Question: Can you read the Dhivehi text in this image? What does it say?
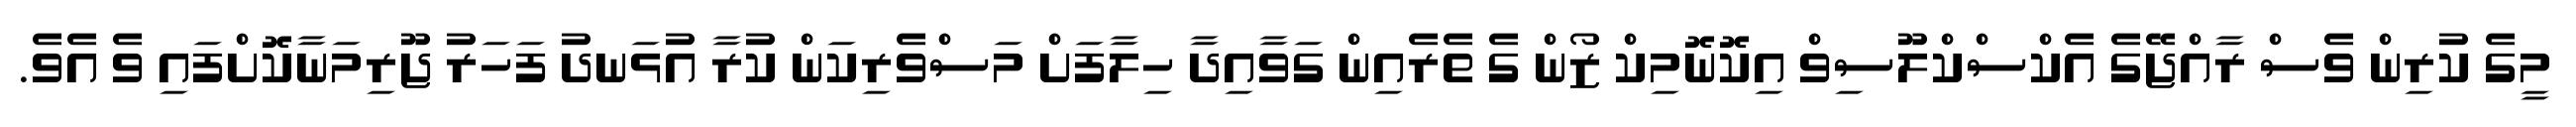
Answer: މީގެ ކުރިން ވެސް ރާއްޖޭގެ އެކްސްކްލޫސިވް އިކޮނޮމިކް ޒޯން ގެ ތެރެއިން ގަވާއިދާ ހިލާފަށް މަސްވެރިކަން ކުރާ އުޅަނދު ފަހަރު ޖޫރިމަނާކޮށްފައި ވެ އެވެ.